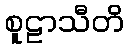
စူဠာသီတိ